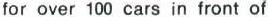
for over 100 cars in front of